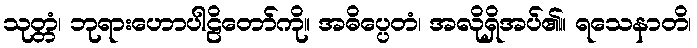
သုတ္တံ၊ ဘုရားဟောပါဠိတော်ကို။ အဓိပ္ပေတံ၊ အလိုရှိအပ်၏။ ရသေနာတိ၊